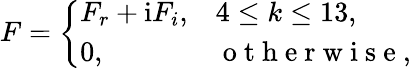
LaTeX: F=\left\{ \begin{array}{ll}{F_{r}+\textnormal{i}F_{i},}&{4\le k\le 13,}\\ {0,}&{\mathrm{~o~t~h~e~r~w~i~s~e~},}\end{array}\right.